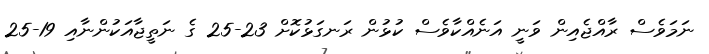
ނަމަވެސް ރާއްޖެއިން ވަނީ އަނެއްކާވެސް ކުޅުން ރަނގަޅުކޮށް 23-25 ގެ ނަތީޖާއަކުންނާއި 19-25